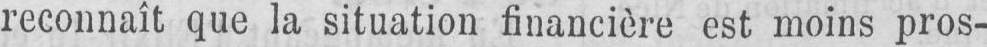
reconnaît que la situation financière est moins pros-